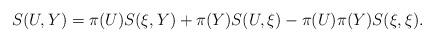
LaTeX: \begin{align*}S(U, Y)=\pi(U)S(\xi, Y)+\pi(Y)S(U, \xi)-\pi(U)\pi(Y)S(\xi, \xi).\end{align*}